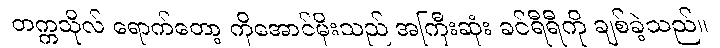
တက္ကသိုလ် ရောက်တော့ ကိုအောင်မိုးသည် အကြီးဆုံး ခင်ရီရီကို ချစ်ခဲ့သည်။